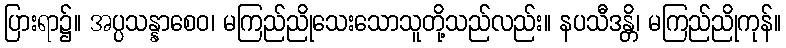
ပြားရာ၌။ အပ္ပသန္နာစေဝ၊ မကြည်ညိုသေးသောသူတို့သည်လည်း။ နပသီဒန္တိ၊ မကြည်ညိုကုန်။